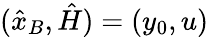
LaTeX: (\hat{x}_{B},\hat{H})=(y_{0},u)